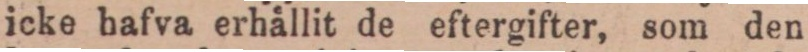
icke hafva erhällit de eftergifter, som den